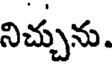
నిచ్చును.